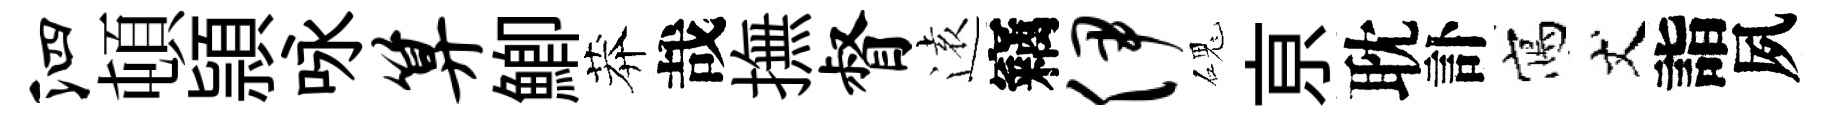
泗頓頴咏算鯽莽哉撫督逺竊伊磈亰耽訃寫丈詣夙